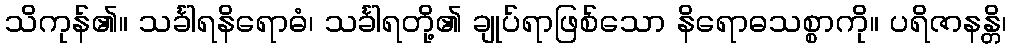
သိကုန်၏။ သင်္ခါရနိရောဓံ၊ သင်္ခါရတို့၏ ချုပ်ရာဖြစ်သော နိရောဓသစ္စာကို။ ပရိဇာနန္တိ၊